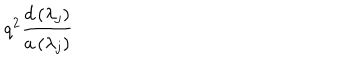
LaTeX: q ^ { 2 } \frac { d \left( \lambda _ { j } \right) } { a \left( \lambda _ { j } \right) }